Annual statistical returns and brief notes on vaccination in Bengal - 1887-1898
Year: 1887
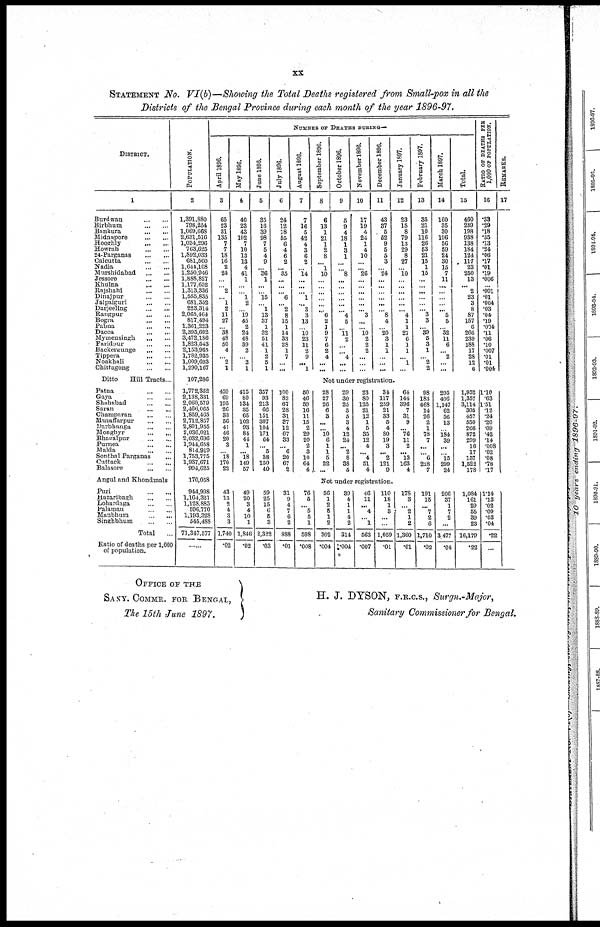
xx
STATEMENT No. VI(b)—Showing the Total Deaths registered from Small-pox in all the
Districts of the Bengal Province during each month of the year 1896-97.
DISTRICT.
1
Burdwan
...
...
Birbhum
...
...
Bankura
...
...
Midnapore
...
...
Hooghly
...
...
Howrah
...
...
24-Parganas
...
...
Calcutta
...
...
Nadia
...
...
Murshidabad
...
...
Jessore
...
...
Khulna
...
...
Rajshahi
...
...
Dinajpur
...
...
Jalpaiguri
...
...
Darjeeling
...
...
Rangpur
...
...
Bogra
...
...
Pabna
...
...
Dacca
...
...
Mymensingh
...
...
Faridpur
...
...
Backergunge
...
...
Tippera
...
...
Noakhali
...
...
Chittagong
...
...
Ditto
Hill Tracts...
Patna
...
...
Gaya
...
...
Shahabad
...
...
Saran
...
...
Champaran
...
...
Muzaffarpur
...
...
Darbhanga
...
...
Monghyr
...
...
Bhagalpur
...
...
Purnea
...
...
Malda
...
...
Sonthal Parganas ...
Cuttack
...
...
Balasore
...
...
Angul and Khondmals
Puri
...
...
Hazaribagh
...
...
Lohardaga
...
...
Palamau
...
...
Manbhum
...
...
Singhbhum
...
...
Total ...
Ratio of deaths per 1,000
of population.
POPULATION.
2
1,391,880
798,254
1,069,668
2,631,516
1,034,296
763,625
1,892,033
681,560
1,644,108
1,250,946
1,888,827
1,177,652
1,313,336
1,555,835
681,352
223,314
2,065,464
817,494
1,361,223
2,395,602
3,472,186
1,823,543
2,153,965
1,782,935
1,009,693
1,290,167
107,286
1,772,352
2,138,331
2,060,579
2,466,065
1,859,465
2,712,857
2,801,955
2,036,021
2,032,696
1,944,658
814,919
1,753,775
1,937,671
994,625
170,058
944,998
1,164,321
1,128,885
596,770
1,193,328
545,488
71,347,577
......
NUMBER OF DEATHS DURING—
April 1896.
3
65
23
31
135
7
7
18
16
2
24
...
...
2
...
1
2
11
27
... 38
48
50
4
...
2
1
May 1896.
4
40
23
43
102
7
10
13
13
4
41
1
...
...
1
2
...
19
45
2
24
48
39
2
...
2
1
June 1896.
5
35
16
39
98
7
5
4
9
...
36
1
...
...
15
...
1
13
37
1
32
51
41
1
2
5
1
July 1896.
6
24
12
18
55
6
4
6
2
...
35
...
...
...
6
...
2
8
15
1
14
33
28
1
7
...
...
August 1896.
7
7
16
5
42
4
3
6
2
...
14
...
...
...
1
...
3
3
13
...
10 23
11
2
9
...
1
September 1896.
8
6
13
1
21
1
2
8
...
1
10
...
...
...
...
...
...
6
2
1
9
7
6
2
4
...
...
October 1896.
9
5
9
4
18
1
3
1
...
...
8
...
...
...
...
...
...
4
5
...
11
2
...
...
4
...
...
November 1896.
10
17
19
4
24
1
4
10
...
...
26
...
...
...
...
...
...
3
...
...
10
2
2
2
...
...
...
December 1896.
11
43
37
5
52
9
5
5
3
...
24
...
...
...
...
...
...
8
4
...
20
3
1
1
...
...
...
January 1897.
12
23
15
8
79
13
29
8
27
...
10
...
...
...
...
...
... 4
1
1
27
6
1
1
...
1
...
February 1897.
13
35
21
10
116
26
53
21
15
1
15
...
... ...
...
...
...
3
3
... 39
5
3
1
...
2
2
March 1897.
14
160
35
30
196
56
59
24
30
15
7
11
....
...
...
...
... 5
5
...
32
11
6
...
2
...
...
Total.
15
460
239
198
938
138
184
124
117
23
250
13
... 2
23
3
8
87
157
6
266
239
188
17
28
12
6
RATIO OF DEATHS PER
1,000 OF POPULATION.
16
.33
.29
.18
.35
.13
.24
.06
.17
.01
.19
.006
...
.001
.01
.004
.03
.04
.19
.004
.11
.06
.10
.007
.01
.01
.004
Not under registration.
459
69
195
26
33
56
41
46
20
3
...
18
170
22
415
80
134
35
65
102
93
84
44
1
...
18
149
57
357
93
213
66
151
307
104
171
64
...
5
38
150
40
100
82
67
28
31
37
12
67
33
...
6
20
67
2
50
46
59
16
11
15
2
29
20
2
3
10
64
4
28
27
26
6
3
...
...
10 6
1
1
5
22
...
29
30
25
3
5
3
4
12
24
...
2
8
38
5
23
80
125
21
12
1
5
35
12
4
... 4
51
4
34
117
259
21
33
5
4
80
19
3
... 2
121
9
64
144
396
7
31
9
...
76
11
2
...
13
163
4
98
183
468
14
26
2
1
78
7
...
...
6
228
7
295
406
1,147
62
56
13
...
184
39
...
...
15
299
24
1,952
1,357
3,114
305
457
550
266
872
299
16
17
157
1,522
178
1.10
.63
1.51
.12
.24
.20
.09
.42
.14
.008
.02
.08
.78
.17
Not under registration.
43
13
2
4
3
3
1,740
.02
49
20
3
4
10
1
l,846
.02
59
25
15
6
5
3
2,322
.03
31
9
4
7
6
2
888
.01
76
5
...
5
5
1
598
.008
56
1
2
5
1
2
302
.004
39
4
1
1
4
2
314
.004
46
11
...
4
...
1
563
.007
110
18
1
3
...
...
1,059
.01
178
3
...
2
1
2
1,360
.01
191
15
...
7
2
6
1,710
.02
206
37
1
7
2
...
3,477
.04
1,084
161
29
55
39
23
16,179
.22
1.14
.13
.02
.09
.03
.04
.22
...
REMARKS.
17
OFFICE OF THE
SANY. COMMR. FOR BENGAL,
The 15th June 1897.
H. J. DYSON, F.R.C.S., Surgn.-Major,
Sanitary Commissioner for Bengal.